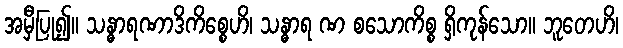
အမှီပြု၍။ သန္ဓာရဏာဒိကိစ္စေဟိ၊ သန္ဓာရ ဏ စသောကိစ္စ ရှိကုန်သော။ ဘူတေဟိ၊